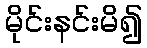
မိုင်းနင်းမိ၍